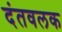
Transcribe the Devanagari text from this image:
दंतवलक